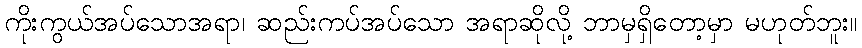
ကိုးကွယ်အပ်သောအရာ၊ ဆည်းကပ်အပ်သော အရာဆိုလို့ ဘာမှရှိတော့မှာ မဟုတ်ဘူး။